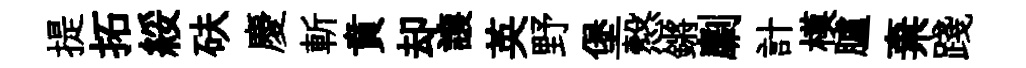
提拓綏砆慶斬賁却譲英野堡慤鏘劘計模臚棄踐